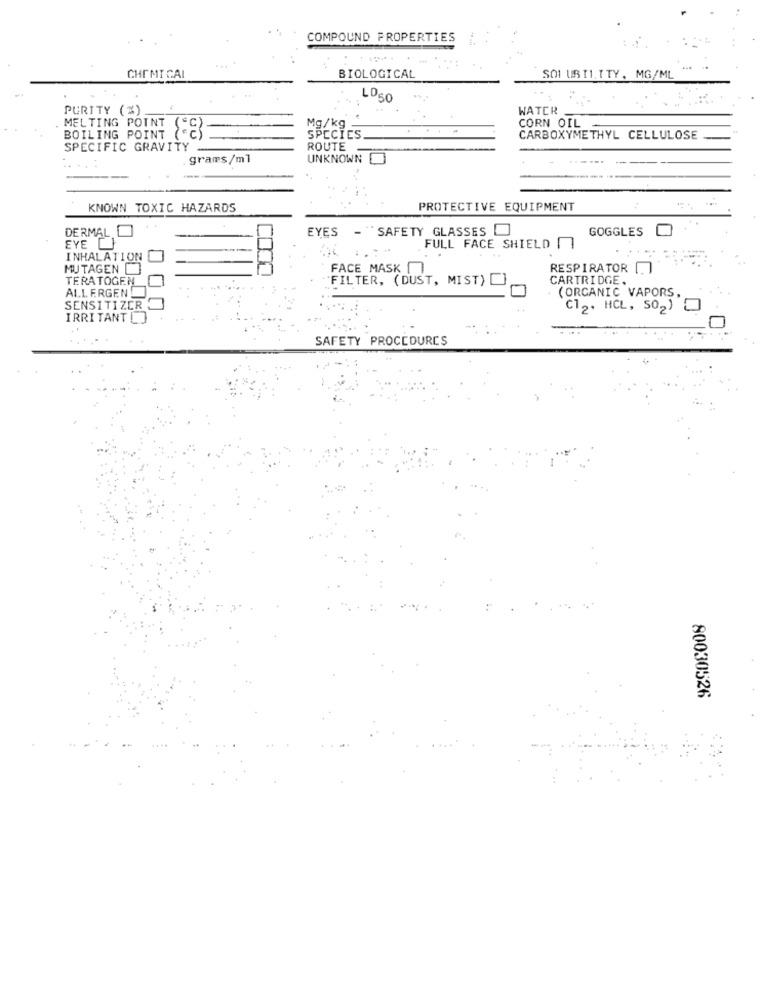
COMPOUND PROPERTIES
CHEMICAL
BIOLOGICAL
SOLUBILITY, MG/ML
LOSO
PURITY (%)
WATER
MELTING POINT
"C
Mg/kg
CORN OIL
BOILING POINT ("C)
SPECIES
CARBOXYMETHYL CELLULOSE
SPECIFIC GRAVITY
ROUTE
grams/ml
UNKNOWN
KNOWN TOXIC HAZARDS
PROTECTIVE EQUIPMENT
DERMAL
EYES - SAFETY GLASSES
GOGGLES
EYE
FULL FACE SHIELD
INHALATION
MUTAGEN
FACE MASK []
RESPIRATOR [.
TERATOGEN
`FILTER, (DUST, MIST)
CARTRIDGE.
ALLERGEN
(ORGANIC VAPORS,
SENSITIZER
C12. HCL, 502)
IRRITANT[]
SAFETY PROCEDURES
80030526